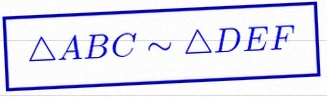
\triangle ABC\sim\triangle DEF